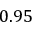
0 . 9 5